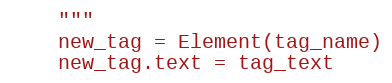
Language: Python
    """
    new_tag = Element(tag_name)
    new_tag.text = tag_text